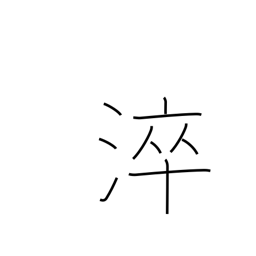
Meaning: quench